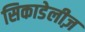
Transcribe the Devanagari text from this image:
सिकाडेलीज़